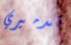
تدميري